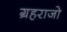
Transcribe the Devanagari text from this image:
ग्रहराजो